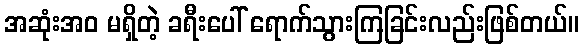
အဆုံးအဝ မရှိတဲ့ ခရီးပေါ် ရောက်သွားကြခြင်းလည်းဖြစ်တယ်။